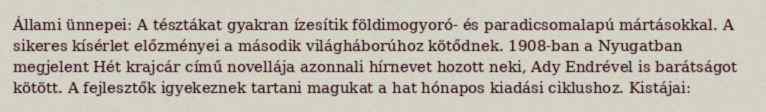
Állami ünnepei: A tésztákat gyakran ízesítik földimogyoró- és paradicsomalapú mártásokkal. A sikeres kísérlet előzményei a második világháborúhoz kötődnek. 1908-ban a Nyugatban megjelent Hét krajcár című novellája azonnali hírnevet hozott neki, Ady Endrével is barátságot kötött. A fejlesztők igyekeznek tartani magukat a hat hónapos kiadási ciklushoz. Kistájai: